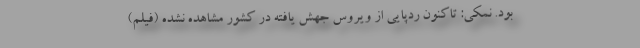
بود. نمکی: تاکنون ردپایی از ویروس جهش یافته در کشور مشاهده نشده (فیلم)